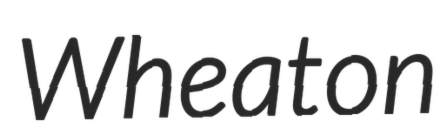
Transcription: Wheaton